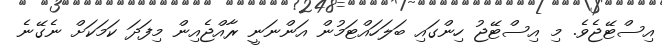
އިސްޓޭޖެވެ. މި އިސްޓޭޖު ހިންގައި ބަލަހައްޓަމުން އަންނަނީ ރާއްޖެއިން މިފަދަ ކަމަކަށް ނެގޭނެ